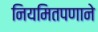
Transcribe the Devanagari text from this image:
नियमितपणाने